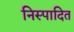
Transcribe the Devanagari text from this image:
निस्पादित